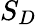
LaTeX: S_{D}